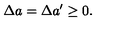
\Delta a = \Delta a ^ { \prime } \geq 0 .